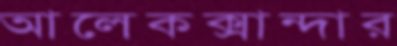
আলেকক্সান্দার